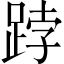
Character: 𨁝